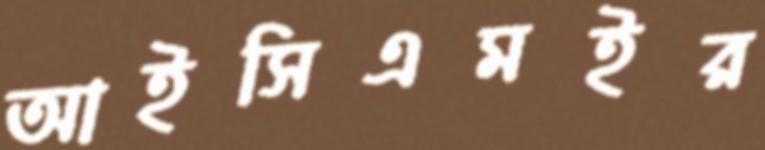
আইসিএমইর